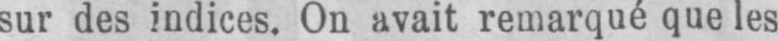
sur des indices. On avait remarqué que les